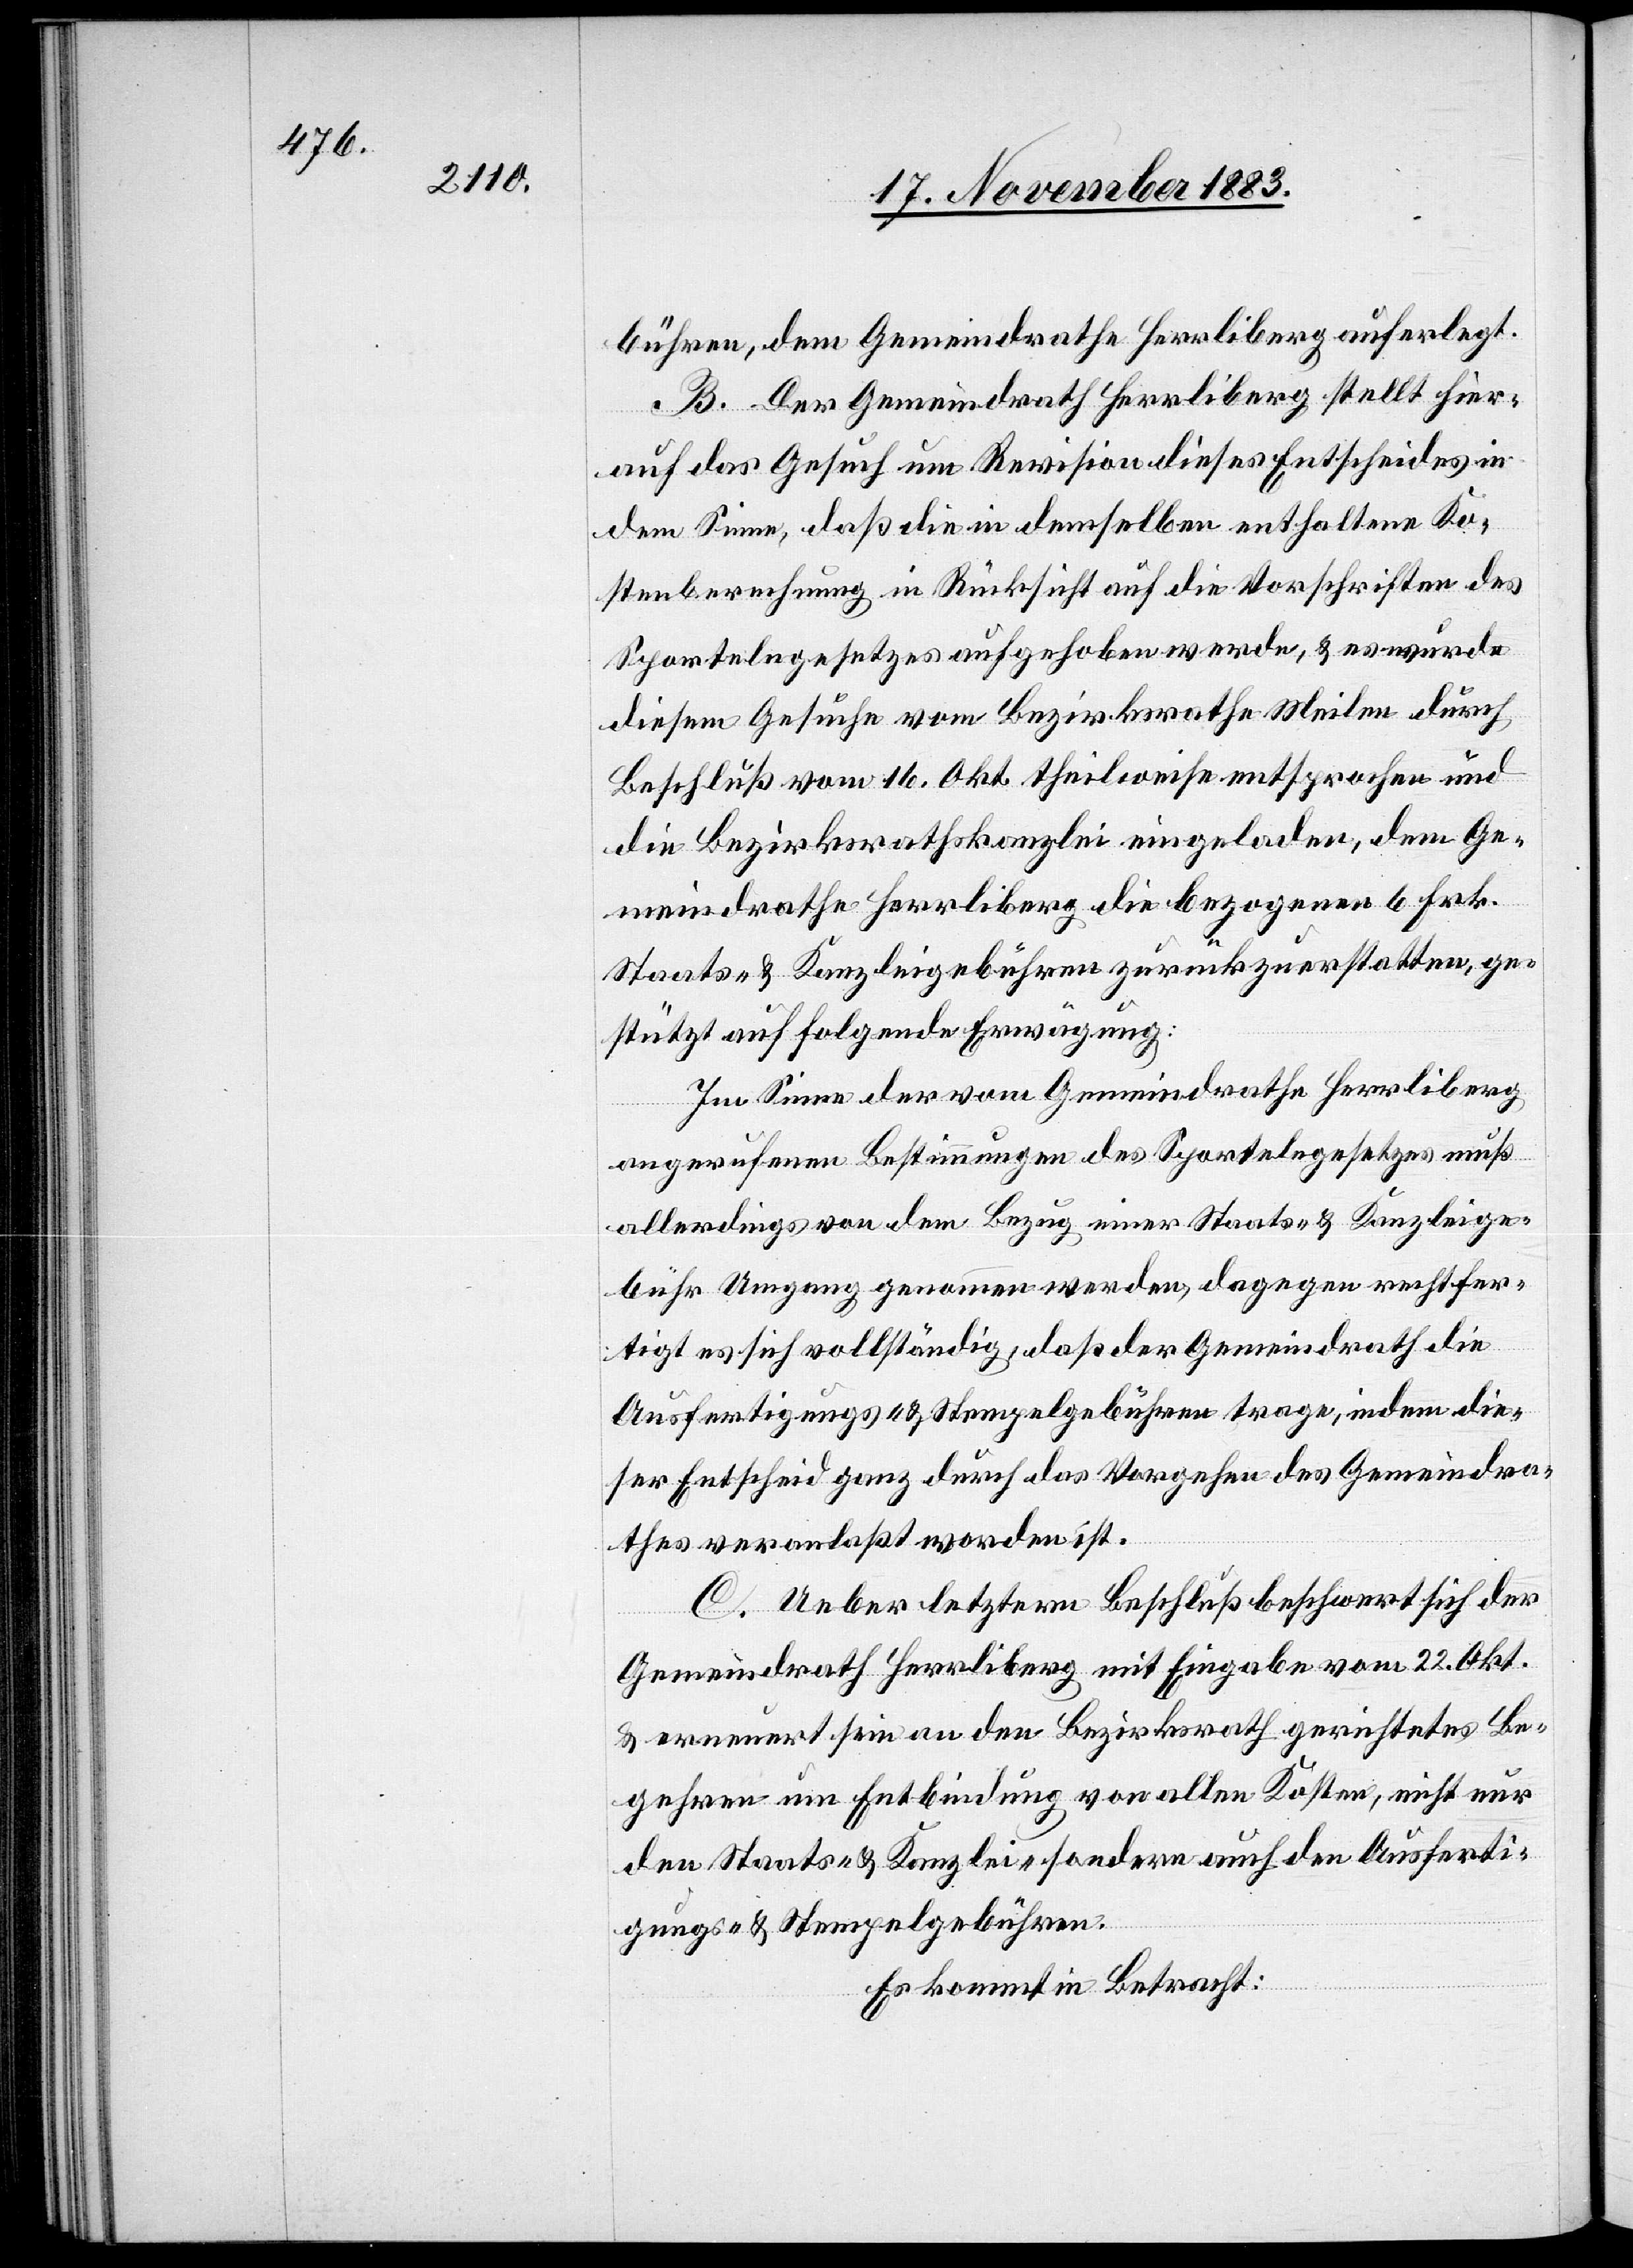
bühren, dem Gemeindrathe Herrliberg auferlegt.
B. Der Gemeindrath Herrliberg stellt hier¬
auf das Gesuch um Revision dieses Entscheides in
dem Sinne, daß die in demselben enthaltene Ko¬
stenberechnung in Rücksicht auf die Vorschriften des
Sportelngesetzes aufgehoben werde, & es wurde
diesem Gesuche vom Bezirksrathe Meilen durch
Beschluß vom 16. Okt. theilweise entsprochen und
die Bezirksrathskanzlei eingeladen, dem Ge¬
meindrathe Herrliberg die bezogenen 6 Frk.
Staats- & Kanzleigebühren zurückzuerstatten, ge¬
stützt auf folgende Erwägung:
Im Sinne der vom Gemeindrathe Herrliberg
angerufenen Bestimmungen des Sportelngesetzes muß
allerdings von dem Bezug einer Staats- & Kanzleige¬
bühr Umgang genommen werden, dagegen rechtfer¬
tigt es sich vollständig, daß der Gemeindrath die
Ausfertigungs- & Stempelgebühren trage, indem die¬
ser Entscheid ganz durch das Vorgehen des Gemeindra¬
thes veranlaßt worden ist.
C. Ueber letztern Beschluß beschwert sich der
Gemeindrath Herrliberg mit Eingabe vom 22. Okt
& erneuert sein an den Bezirksrath gerichtetes Be¬
gehren um Entbindung von allen Kosten, nicht nur
den Staats- & Kanzlei- sondern auch den Ausferti¬
gungs- & Stempelgebühren.
Es kommt in Betracht: